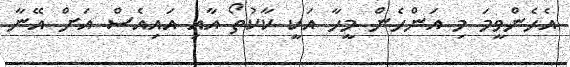
އެހެންވީމަ މި އަންހެން މީހާ އަކީ ކާކުތޯ އާއި އައިއެސް އަށް އޭނާ